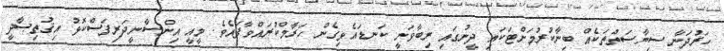
ހަރުދަނާ ސިޔާސަތުތަކެއް ބިނާކުރުމަށްޓަކައި ދީނުގައި ރިބާވަނީ ކަނޑައެޅިގެން ހަރާމްކުރައްވާފައެވެ. މީއީ އިންސާނީދަރިފަސްކޮޅު އިޤުތިޞާދީ